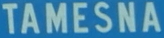
TAMESNA